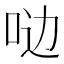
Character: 𫩸